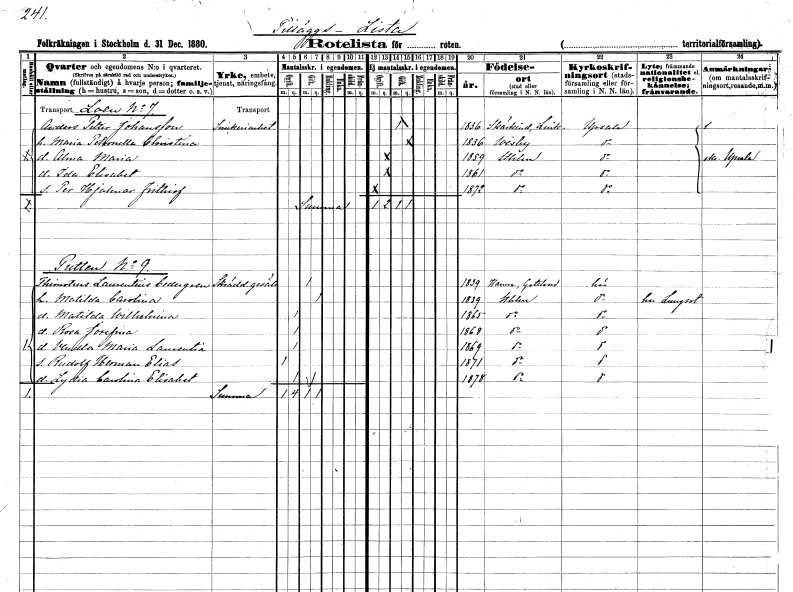
gt_parse: households: individuals: FN: Anders Petter
EN: Johansson
YRKE: Snickeriarbetare
KON: M
CIV: G
FODAR: 1836
FODFORS: Skärkind Östergötlands län
FN: Maria Petronella Christina
KON: K
CIV: G
FODAR: 1836
FODFORS: Visby Gotlands län
FN: Alma Maria
KON: K
CIV: O
FODAR: 1859
FODFORS: Stockholm
FN: Ida Elisabet
KON: K
CIV: O
FODAR: 1861
FODFORS: Stockholm
FN: Per Hjalmar Frithiof
KON: M
CIV: O
FODAR: 1872
FODFORS: Stockholm
FN: Thimoteus Laurentius
EN: Cedergren
YRKE: Skräddaregesäll
KON: M
CIV: G
FODAR: 1839
FODFORS: Hamra Gotlands län
FN: Matilda Carolina
KON: K
CIV: G
FODAR: 1839
FODFORS: Stockholm
FN: Matilda Wilhelmina
KON: K
CIV: O
FODAR: 1865
FODFORS: Stockholm
FN: Rosa Josefina
KON: K
CIV: O
FODAR: 1868
FODFORS: Stockholm
FN: Vendla Maria Laurentia
KON: K
CIV: O
FODAR: 1869
FODFORS: Stockholm
FN: Rudolf Herman Elias
KON: M
CIV: O
FODAR: 1871
FODFORS: Stockholm
FN: Lydia Carolina Elisabet
KON: K
CIV: O
FODAR: 1878
FODFORS: Stockholm